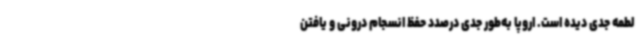
لطمه جدی دیده است. اروپا به‌طور جدی درصدد حفظ انسجام درونی و یافتن